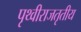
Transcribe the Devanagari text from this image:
पृथ्वीराजतृतीय